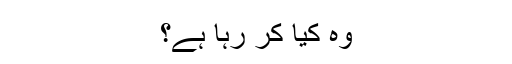
وہ کیا کر رہا ہے؟